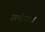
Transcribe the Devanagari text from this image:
उपभोगतात